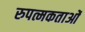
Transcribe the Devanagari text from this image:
रुपत्मकताओं